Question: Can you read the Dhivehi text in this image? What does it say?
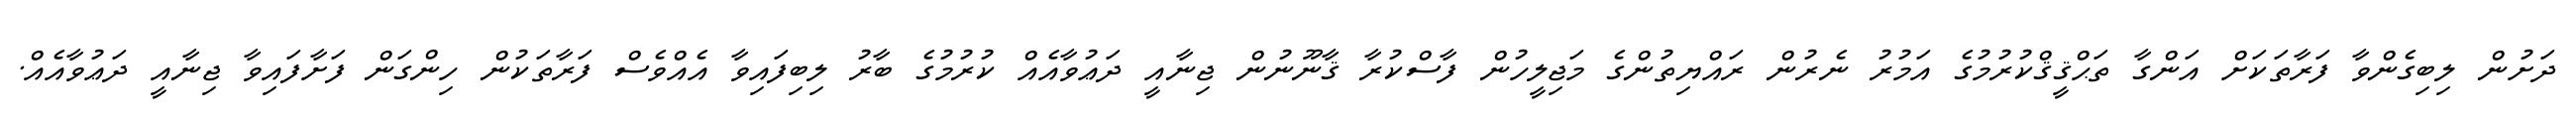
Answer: ދަށުން ލިބިގެންވާ ފަރާތަކަށް އަންގާ ތަޙްޤީޤްކުރުމުގެ އަމުރު ނެރުން ރައްޔިތުންގެ މަޖިލީހުން ފާސްކުރާ ޤާނޫނުން ޖިނާއީ ދަޢުވާއެއް ކުރުމުގެ ބާރު ލިބިފައިވާ އެއްވެސް ފަރާތަކުން ހިންގަން ފަށާފައިވާ ޖިނާއީ ދަޢުވާއެއް.